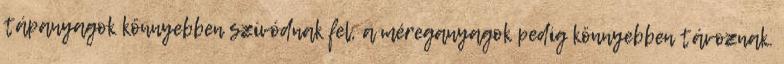
tápanyagok könnyebben szívódnak fel, a méreganyagok pedig könnyebben távoznak.